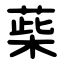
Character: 䓱